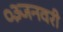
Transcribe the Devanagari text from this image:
०३जनवरी